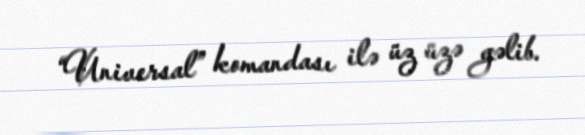
“Universal” komandası ilə üz üzə gəlib.